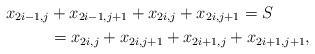
LaTeX: \begin{align*}x_{2i-1,j} &+ x_{2i-1,j+1} + x_{2i,j} + x_{2i,j+1} = S \\ &= x_{2i,j} + x_{2i,j+1} + x_{2i+1,j} + x_{2i+1,j+1},\end{align*}